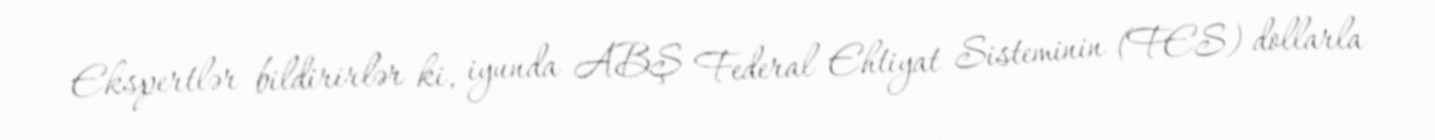
Ekspertlər bildirirlər ki, iyunda ABŞ Federal Ehtiyat Sisteminin (FES) dollarla